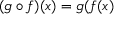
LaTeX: ( g \circ f ) ( x ) = g ( f ( x )